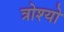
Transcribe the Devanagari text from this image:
त्रोश्यो